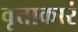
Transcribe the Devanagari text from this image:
वृत्ताकारं